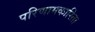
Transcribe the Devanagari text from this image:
परिणामकारिता